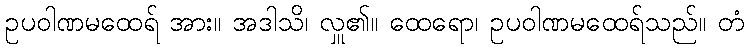
ဥပဝါဏမထေရ် အား။ အဒါသိ၊ လှူ၏။ ထေရော၊ ဥပဝါဏမထေရ်သည်။ တံ